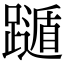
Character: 𨆛